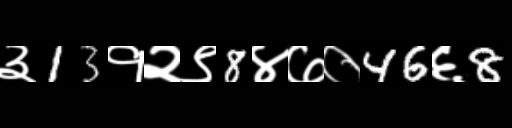
Text: ३13१२९8४७०46६8